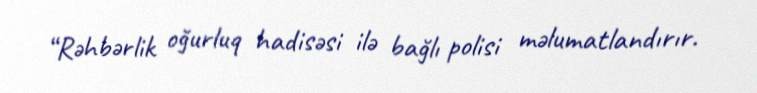
“Rəhbərlik oğurluq hadisəsi ilə bağlı polisi məlumatlandırır.